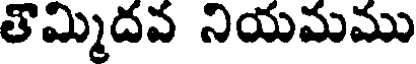
తొమ్మిదవ నియమము